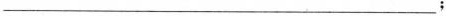
___